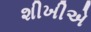
શીખીએ